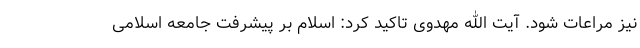
نیز مراعات شود. آیت الله مهدوی تاکید کرد: اسلام بر پیشرفت جامعه اسلامی